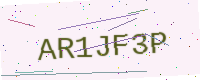
Text: AR1JF3P